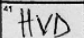
Transcription: HVD